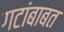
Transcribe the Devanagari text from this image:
गटांबाबत